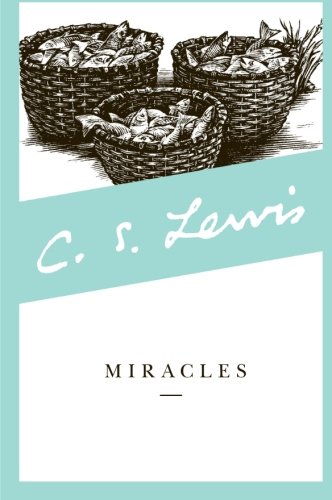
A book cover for Miracles; C. S. Lewis; Christian Books & Bibles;